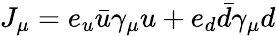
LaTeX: J_{\mu}=e_{u}\bar{u}\gamma_{\mu}u+e_{d}\bar{d}\gamma_{\mu}d